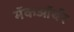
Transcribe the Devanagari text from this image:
मॅकऑर्थर